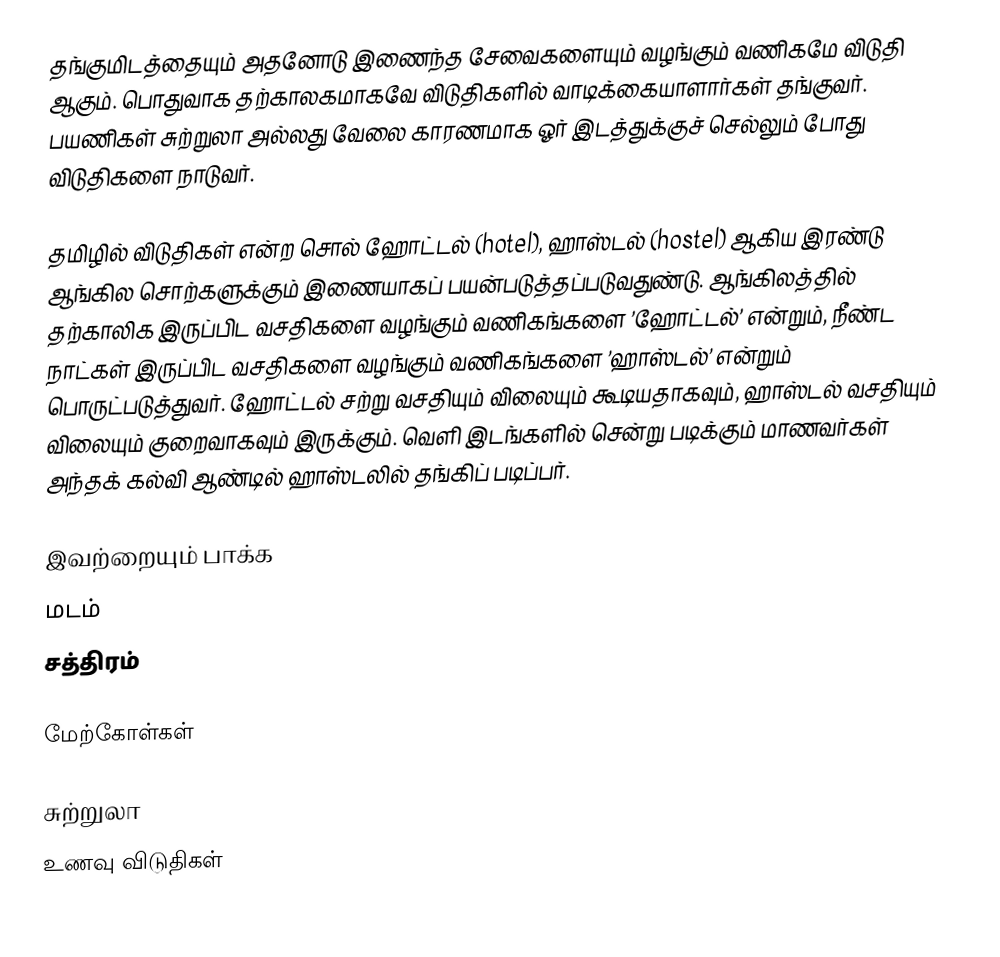
தங்குமிடத்தையும் அதனோடு இணைந்த சேவைகளையும் வழங்கும் வணிகமே விடுதி ஆகும். பொதுவாக தற்காலகமாகவே விடுதிகளில் வாடிக்கையாளார்கள் தங்குவர். பயணிகள் சுற்றுலா அல்லது வேலை காரணமாக ஓர் இடத்துக்குச் செல்லும் போது விடுதிகளை நாடுவர்.

தமிழில் விடுதிகள் என்ற சொல் ஹோட்டல் (hotel), ஹாஸ்டல் (hostel) ஆகிய இரண்டு ஆங்கில சொற்களுக்கும் இணையாகப் பயன்படுத்தப்படுவதுண்டு. ஆங்கிலத்தில் தற்காலிக இருப்பிட வசதிகளை வழங்கும் வணிகங்களை ’ஹோட்டல்’ என்றும், நீண்ட நாட்கள் இருப்பிட வசதிகளை வழங்கும் வணிகங்களை ’ஹாஸ்டல்’ என்றும் பொருட்படுத்துவர். ஹோட்டல் சற்று வசதியும் விலையும் கூடியதாகவும், ஹாஸ்டல் வசதியும் விலையும் குறைவாகவும் இருக்கும். வெளி இடங்களில் சென்று படிக்கும் மாணவர்கள் அந்தக் கல்வி ஆண்டில் ஹாஸ்டலில் தங்கிப் படிப்பர்.

இவற்றையும் பாக்க
 மடம்
 சத்திரம்

மேற்கோள்கள்

சுற்றுலா
உணவு விடுதிகள்